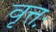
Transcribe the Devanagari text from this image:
वृत्तः